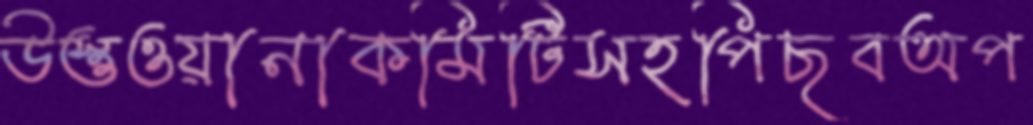
উস্তুওয়ানাকমিটিসহপিছবঅপ